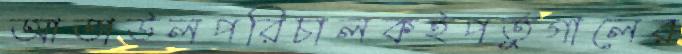
আতাউলপরিচালকইপর্তুগালের